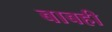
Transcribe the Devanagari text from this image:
बाबही